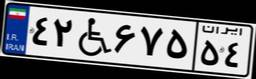
۴۲W۶۷۵۵۴